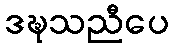
ဒဍ္ဎသညီပေ